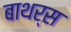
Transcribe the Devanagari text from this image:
बाथर्स